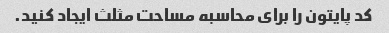
کد پایتون را برای محاسبه مساحت مثلث ایجاد کنید.